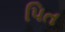
પિત